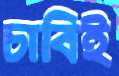
চাবিই